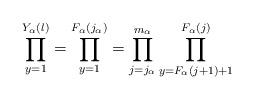
LaTeX: \begin{align*} \prod_{y=1}^{Y_\alpha(l)} = \prod_{y=1}^{F_\alpha(j_\alpha)} = \prod_{j=j_\alpha}^{m_\alpha} \prod_{y=F_\alpha(j+1)+1}^{F_\alpha(j)} \end{align*}